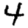
Digit: 4